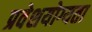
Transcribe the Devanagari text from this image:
प्रवेशयोग्यता